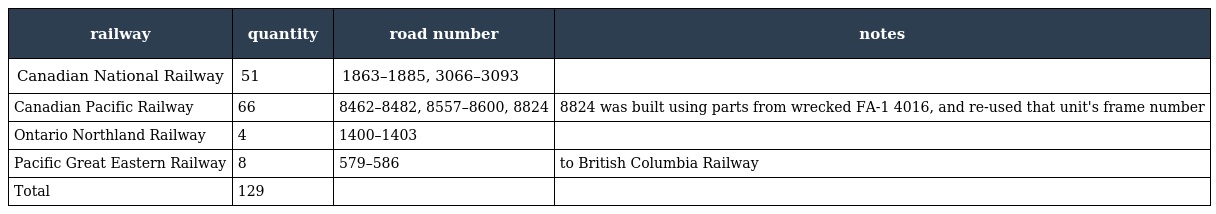
| railway | quantity | road number | notes |
 | --- | --- | --- | --- |
 | Canadian National Railway | 51 | 1863–1885, 3066–3093 |  |
 | Canadian Pacific Railway | 66 | 8462–8482, 8557–8600, 8824 | 8824 was built using parts from wrecked FA-1 4016, and re-used that unit's frame number |
 | Ontario Northland Railway | 4 | 1400–1403 |  |
 | Pacific Great Eastern Railway | 8 | 579–586 | to British Columbia Railway |
 | Total | 129 |  |  |